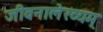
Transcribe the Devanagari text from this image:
जीवनालेख्यम्